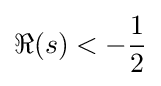
\Re (s)<-{\frac {1}{2}}